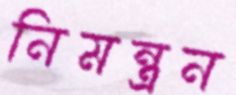
নিমন্ত্রন